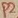
Text: P2